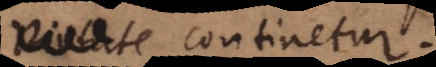
virtute continetur.